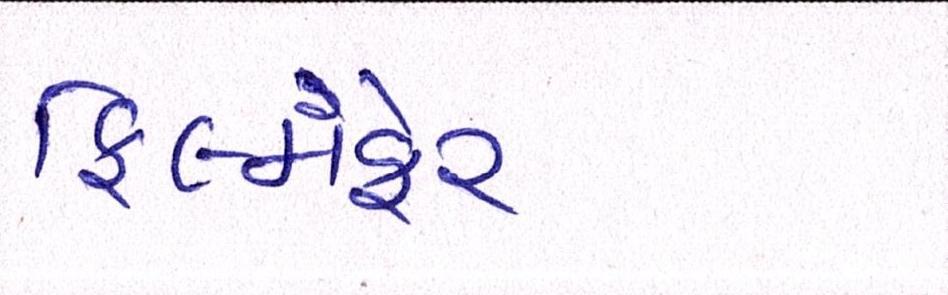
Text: ફિલ્મફેર